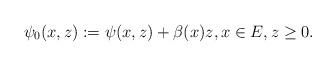
LaTeX: \begin{align*}\psi_0(x,z):= \psi(x,z) + \beta(x)z,x \in E,z \geq 0.\end{align*}